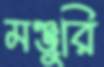
মঞ্জুরি